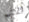
ثقتهم